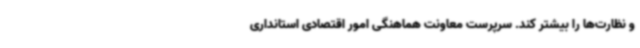
و نظارت‌ها را بیشتر کند. سرپرست معاونت هماهنگی امور اقتصادی استانداری